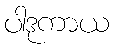
ပါဒုကာယ